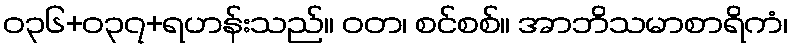
ဝ၃၆+၀၃၇+ရဟန်းသည်။ ဝတ၊ စင်စစ်။ အာဘိသမာစာရိကံ၊